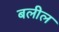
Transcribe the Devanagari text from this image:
बलील